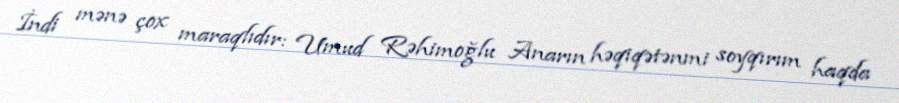
İndi mənə çox maraqlıdır: Umud Rəhimoğlu Anarın həqiqətənmi soyqırım haqda